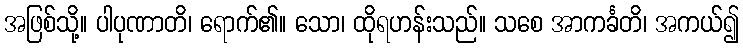
အဖြစ်သို့။ ပါပုဏာတိ၊ ရောက်၏။ သော၊ ထိုရဟန်းသည်။ သစေ အာကင်္ခတိ၊ အကယ်၍